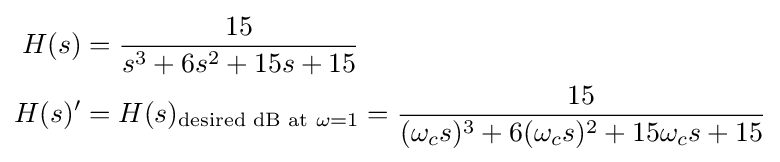
{\begin{aligned}H(s)&={\frac {15}{s^{3}+6s^{2}+15s+15}}\\H(s)'&=H(s)_{{\text{desired dB at }}\omega =1}={\frac {15}{(\omega _{c}s)^{3}+6(\omega _{c}s)^{2}+15\omega _{c}s+15}}\\\end{aligned}}